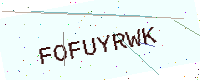
Text: FOFUYRWK